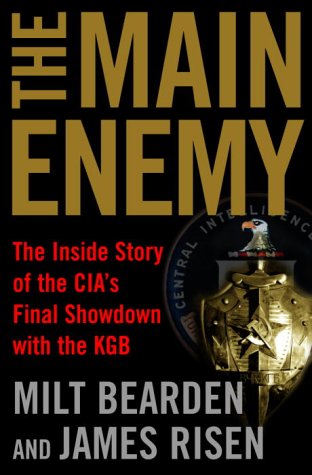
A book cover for The Main Enemy: The Inside Story of the CIA's Final Showdown with the KGB; Milton Bearden; History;